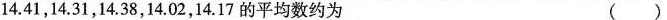
14.41，14.31，14.38，14.02，14.17的平均数约为 ( )